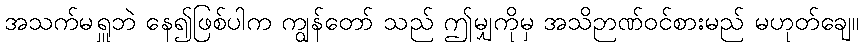
အသက်မရှူဘဲ နေ၍ဖြစ်ပါက ကျွန်တော် သည် ဤမျှကိုမှ အသိဉာဏ်ဝင်စားမည် မဟုတ်ချေ။